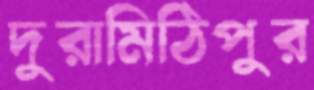
দুরামিঠিপুর